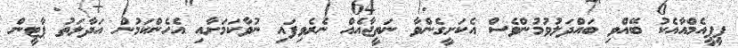
ޕީޕީއެމްއާއެކު ބޭއްވި ބައްދަލުވުމުންވެސް އެކަށީގެންވާ ނަތީޖާއެއް ނެރެވިފައި ނުވާކަމަށާއި އެހެންކަމުން އަދާލަތު ޕާޓީން